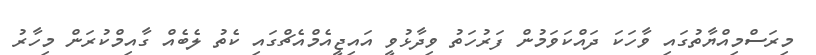
މިރަސްމިއްޔާތުގައި ވާހަކަ ދައްކަވަމުން ފަރުހަތު ވިދާޅުވީ އައިޖީއެމްއެޗްގައި ކެތު ލެބެއް ގާއިމްކުރަން މިހާރު